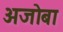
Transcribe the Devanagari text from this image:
अजोबा